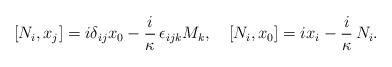
LaTeX: \begin{align*}[N_i, x_j] = i \delta_{ij} x_0 - \frac{i}\kappa\, \epsilon_{ijk} M_k, \quad [N_i, x_0] = i x_{i} - \frac{i}\kappa\, N_i.\end{align*}